Calcutta medical institutions reports 1892-1900
Year: 1892
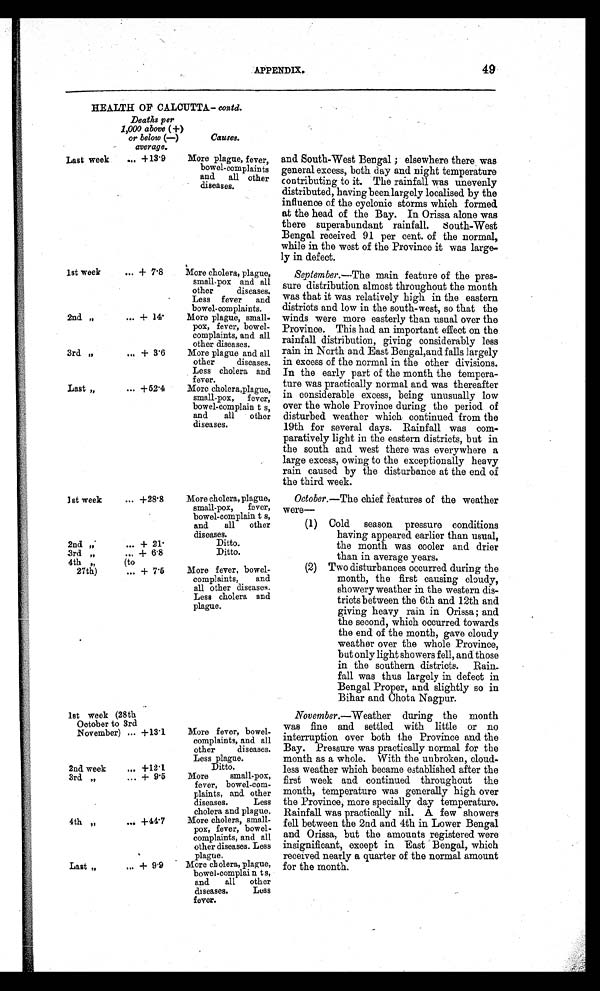
APPENDIX.
49
HEALTH OF CALCUTTA— contd.
Deaths per
1,000 above (+)
or below (-)
average.
Causes.
Last week ... +13.9
More plague, fever,
bowel-complaints
and all other
diseases.
1st week ... + 7.8
More cholera, plague,
small pox and all
other diseases.
Less fever and
bowel-complaints.
2nd " ... + 14.
More plague, small
-pox, fever, bowel-
complaints, and all
other diseases.
3rd " ... + 3.6
More plague and all
other diseases.
Less cholera and
fever.
Last " ... +52.4
More cholera, plague,
small-pox, fever,
bowel-complaints,
and all other
diseases.
1st week ... +28.8
More cholera, plague,
small-pox, fever,
bowel-complaints,
and all other
diseases.
2 n d ” . . . + 2 1 .
Ditto.
3rd ” ... + 6.8
Ditto.
4th ” (to
27th) ... + 7.5
More fever, bowel-
complaints, and
all other diseases.
Less cholera and
plague.
1st week (28th
October to 3rd
November) ... +13.1
More fever, bowel-
complaints, and all
other
diseases.
Less plague.
2nd week ... +12.1
Ditto.
3rd ” ... + 9 . 5
More
small-pox,
fever, bowel-com-
plaints, and other
diseases.
Less
cholera and plague.
4th ” ... +44
.7
More cholera, small-
pox, fever, bowel-
complaints, and all
other diseases. Less
plague.
Last ” ... + 9.9
More cholera, plague,
bowel-complai
nts, and all other
diseases. Less
fever.
and South-West Bengal; elsewhere there was
general excess, both day and night temperature
contributing to it. The rainfall was unevenly
distributed, having been largely localised by the
influence of the cyclonic storms which formed
at the head of the Bay. In Orissa alone was
there superabundant rainfall. south-West
Bengal received 91 per cent. of the normal,
while in the west of the Province it was large
-ly in defect.
September.—The main feature of the pres
-sure distribution almost throughout the month
was that it was relatively high in the eastern
districts and low in the south-west, so that the
winds were more easterly than usual over the
Province. This had an important effect on the
rainfall distribution, giving considerably less
rain in North and East Bengal,and falls largely
in excess of the normal in the other divisions.
In the early part of the month the tempera
-ture was practically normal and was thereafter
in considerable excess, being unusually low
over the whole Province during the period of
disturbed weather which continued from the
19th for several days. Rainfall was com
-paratively light in the eastern districts, but in
the south and west there was everywhere a
large excess, owing to the exceptionally heavy
rain caused by the disturbance at the end of
the third week.
October.—The chief features of the weather
were—
(1) Cold season pressure conditions
having appeared earlier than usual,
the month was cooler and drier
than in average years.
(2) Two disturbances occurred during the
month, the first causing cloudy,
showery weather in the western dis
-tricts between the 6th and 12th and
giving heavy rain in Orissa; and
the second, which occurred towards
the end of the month, gave cloudy
weather over the whole Province,
but only light showers fell, and those
in the southern districts. Rain
-fall was thus largely in defect in
Bengal Proper, and slightly so in
Bihar and Chota Nagpur.
November .—Weather during the month
was fine and settled with little or no
interruption over both the Province and the
Bay. Pressure was practically normal for the
month as a whole. With the unbroken, cloud
- l e s s w e a t h e r w h i c h b e c a m e e s t a b l i s h e d a f t e r t h e
first week and continued throughout the
month, temperature was generally high over
the Province, more specially day temperature.
Rainfall was practically nil. A few showers
fell between the 2nd and 4th in Lower Bengal
and Orissa, but the amounts registered were
insignificant, except in East Bengal, which
received nearly a quarter of the normal amount
for the month.